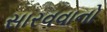
સારવવાનો